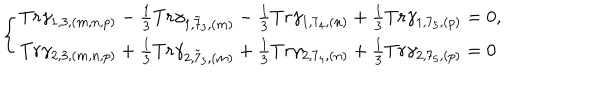
\left\{ \begin{array} { l } { { T r \gamma _ { 1 , 3 , ( m , n , p ) } - \frac { 1 } { 3 } T r \gamma _ { 1 , \tilde { 7 } _ { 3 } , ( m ) } - \frac { 1 } { 3 } T r \gamma _ { 1 , 7 _ { 4 } , ( n ) } + \frac { 1 } { 3 } T r \gamma _ { 1 , 7 _ { 5 } , ( p ) } = 0 , } } \\ { { T r \gamma _ { 2 , 3 , ( m , n , p ) } + \frac { 1 } { 3 } T r \gamma _ { 2 , \tilde { 7 } _ { 3 } , ( m ) } + \frac { 1 } { 3 } T r \gamma _ { 2 , 7 _ { 4 } , ( n ) } + \frac { 1 } { 3 } T r \gamma _ { 2 , 7 _ { 5 } , ( p ) } = 0 } } \\ \end{array} \right.